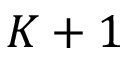
K + 1